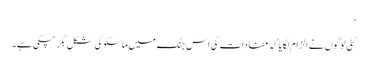
‘
کئی لوگوں نے الزام لگایا کہ مفادات کی اس جنگ میں ماسکو کی شکل بگڑ چکی ہے۔